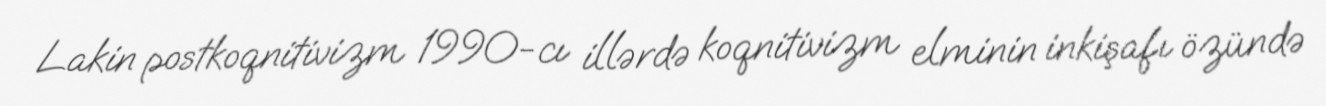
Lakin postkoqnitivizm 1990-cı illərdə koqnitivizm elminin inkişafı özündə